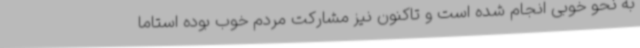
به نحو خوبی انجام شده است و تاکنون نیز مشارکت مردم خوب بوده استاما